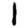
Digit: 1